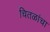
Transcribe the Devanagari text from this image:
चितळांचा